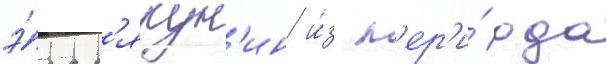
э́ра р'якун'ин и́з п'ер'и́ода